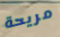
مريحة